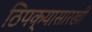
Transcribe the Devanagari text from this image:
ठिपक्यासारखी